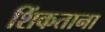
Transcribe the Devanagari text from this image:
शिंकताना